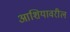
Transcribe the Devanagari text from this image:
आशियावरील